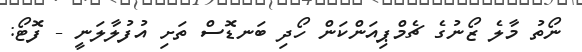
ނޯތު މާލެ ޒޯނުގެ ޗެމްޕިއަންކަން ހޯދި ބަނޑޮސް ތަށި އުފުލާލަނީ - ފޮޓޯ: